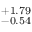
^ { + 1 . 7 9 } _ { - 0 . 5 4 }